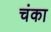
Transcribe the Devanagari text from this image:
चंका